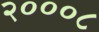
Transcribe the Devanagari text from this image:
२०००८